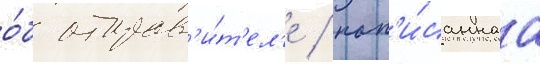
о́б отправ'и́т'ел'е / нап'и́саннаа